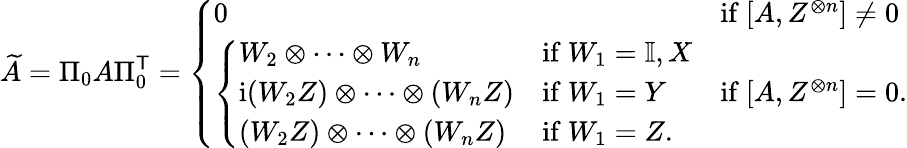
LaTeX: \widetilde{A}=\Pi_{0}A\Pi_{0}^{\mathsf{T}}=\left\{ \begin{array}{ll}{0}&{\mathrm{if~}[A,Z^{\otimes n}]\neq 0}\\ {\left\{ \begin{array}{ll}{W_{2}\otimes\cdots\otimes W_{n}}&{\mathrm{if~}W_{1}=\mathbb{I},X}\\ {\mathrm{i}(W_{2}Z)\otimes\cdots\otimes(W_{n}Z)}&{\mathrm{if~}W_{1}=Y}\\ {(W_{2}Z)\otimes\cdots\otimes(W_{n}Z)}&{\mathrm{if~}W_{1}=Z.}\end{array}\right.}&{\mathrm{if~}[A,Z^{\otimes n}]=0.}\end{array}\right.